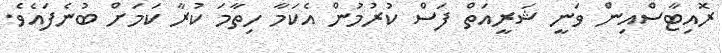
ރޮއިޓާސްއިން ވަނީ ޝަރީއަތް ފަސް ކުރުމުން އެކަމާ ހިތާމަ ކުރާ ކަމަށް ބުނެފައެވެ.